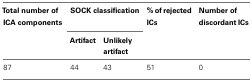
<table><thead><tr><td><b>Total number of ICA components</b></td><td colspan="2"><b>SOCK classification</b></td><td><b>% of rejected ICs</b></td><td><b>Number of discordant ICs</b></td></tr><tr><td></td><td><b>Artifact</b></td><td><b>Unlikely artifact</b></td><td></td><td></td></tr></thead><tbody><tr><td>87</td><td>44</td><td>43</td><td>51</td><td>0</td><td></td></tr></tbody></table>